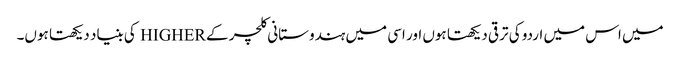
میں اس میں اردو کی ترقی دیکھتا ہوں اور اسی میں ہندوستانی کلچر کے HIGHER کی بنیاد دیکھتا ہوں۔